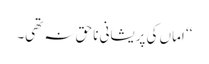
‘‘ اماں کی پریشانی نا حق نہ تھی۔